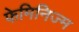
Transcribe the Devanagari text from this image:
फेमिनिज्म